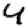
Digit: 4